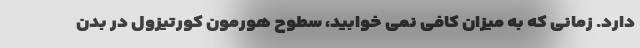
دارد. زمانی که به میزان کافی نمی خوابید، سطوح هورمون کورتیزول در بدن